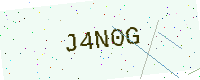
Text: J4N0G